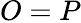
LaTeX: O=P